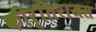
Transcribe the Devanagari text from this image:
कीर्तिराजस